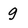
Character: g